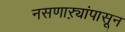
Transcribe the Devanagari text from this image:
नसणाऱ्यांपासून